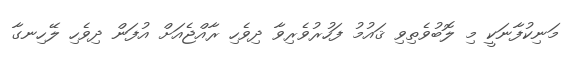
މަނިކުފާނަކީ މި ލޮބުވެތިވި ޤައުމު ފަހުރުވެރިވާ ދިވެހި ރާއްޖެއަށް އުފަން ދިވެހި ލޭހިނގާ